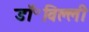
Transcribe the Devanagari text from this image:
डॉ॰विल्ली